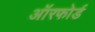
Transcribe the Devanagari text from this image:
ऑरफोर्ड